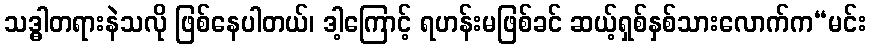
သဒ္ဓါတရားနဲသလို ဖြစ်နေပါတယ်၊ ဒါ့ကြောင့် ရဟန်းမဖြစ်ခင် ဆယ့်ရှစ်နှစ်သားလောက်က“မင်း